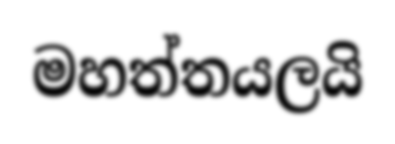
මහත්තයලයි